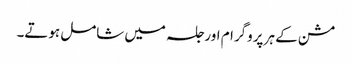
مشن کے ہر پروگرام اور جلسہ میں شامل ہوتے۔